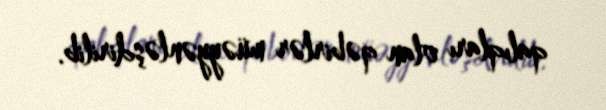
qalıqları olan qəbirlər müəyyənləşdirilib.